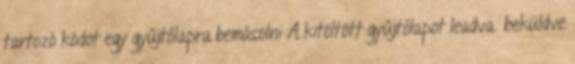
tartozó kódot egy gyűjtőlapra bemásolni A kitöltött gyűjtőlapot leadva beküldve